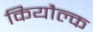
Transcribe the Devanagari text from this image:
कियौल्क